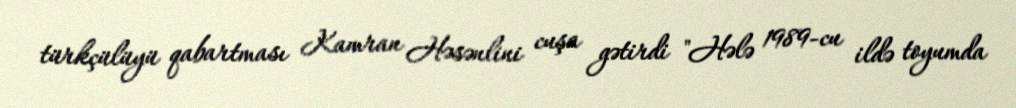
türkçülüyü qabartması Kamran Həsənlini cuşa gətirdi "Hələ 1989-cu ildə toyumda